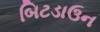
બિટડાઉન